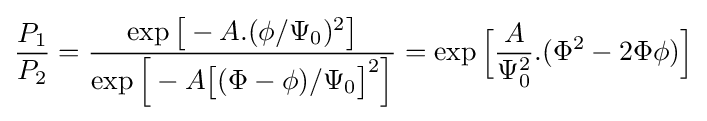
{\frac {P_{1}}{P_{2}}}={\frac {\exp {\big [}-A.(\phi /\Psi _{0})^{2}{\big ]}}{\exp {\Big [}-A{\big [}(\Phi -\phi )/\Psi _{0}{\big ]}^{2}{\Big ]}}}=\exp {\Big [}{\frac {A}{\Psi _{0}^{2}}}.(\Phi ^{2}-2\Phi \phi ){\Big ]}